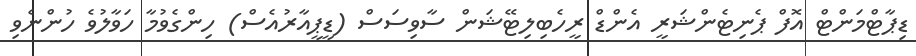
ޑިޕާޓްމަންޓް އޮފް ޕެނިޓެންޝަރީ އެންޑް ރީހެބިލިޓޭޝަން ސާވިސަސް (ޑީޕީއާރުއެސް) ހިންގެވުމާ ހަވާލުވެ ހުންނެވި